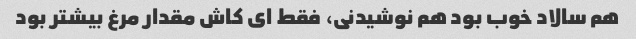
هم سالاد خوب بود هم نوشیدنی، فقط ای کاش مقدار مرغ بیشتر بود